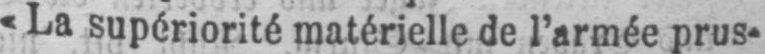
«La supériorité matérielle de l’armée prus-